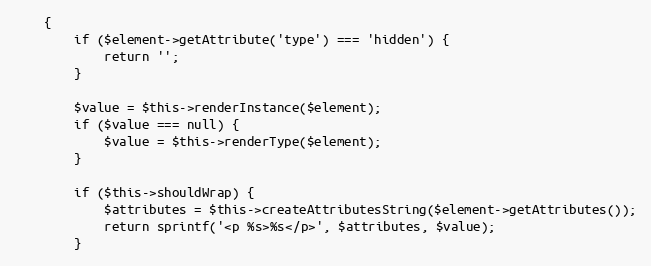
Language: PHP
    {
        if ($element->getAttribute('type') === 'hidden') {
            return '';
        }

        $value = $this->renderInstance($element);
        if ($value === null) {
            $value = $this->renderType($element);
        }

        if ($this->shouldWrap) {
            $attributes = $this->createAttributesString($element->getAttributes());
            return sprintf('<p %s>%s</p>', $attributes, $value);
        }